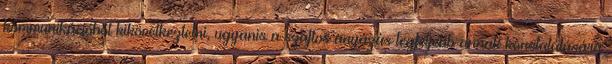
kommunikációból kikövetkeztetni, ugyanis a szaftos anyázás legfeljebb annak konstatálására